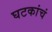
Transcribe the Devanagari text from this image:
घटकांचं